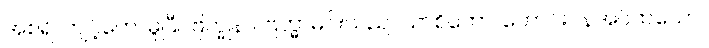
အစရိ၊ ကျင့်တော်မူပြီ။ ဗြဟ္မုနာ၊ ဗြဟ္မာမင်းသည်။ ယာစိတော၊ တောင်းပန်အပ်ထသော။